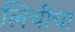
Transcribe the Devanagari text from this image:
लिचीचा